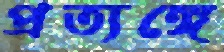
প্রত্যঙ্গে